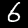
Label: 6